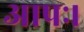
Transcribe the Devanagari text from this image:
आपः।